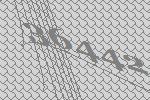
36442